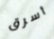
أسرق